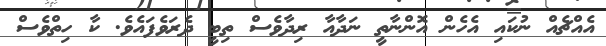
އެއްޗެއް ނުކައި އެހެން އޮންނާތީ ނަދާއާ ރިދާވެސް ތިބީ ދެރަވެފައެވެ. ކާ ހިތްވެސް